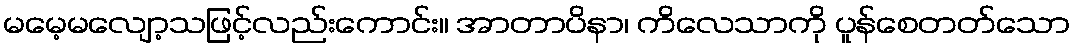
မမေ့မလျော့သဖြင့်လည်းကောင်း။ အာတာပိနာ၊ ကိလေသာကို ပူန်စေတတ်သော